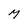
Character: M